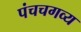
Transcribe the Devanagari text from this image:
पंचचगव्य